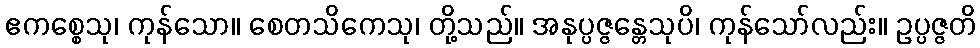
ဧကစ္စေသု၊ ကုန်သော။ စေတသိကေသု၊ တို့သည်။ အနုပ္ပဇ္ဇန္တေသုပိ၊ ကုန်သော်လည်း။ ဥပ္ပဇ္ဇတိ